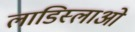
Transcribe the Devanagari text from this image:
लाडिस्लाओ